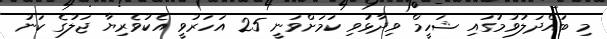
މި ބައްދަލުވުމުގައި ޝަހީމް ވިދާޅުވި ކަމަށްވަނީ 25 އަހަރުވީ އެކުވެރިޔާ ޖަލުގެ ކަނު